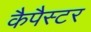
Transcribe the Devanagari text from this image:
कैपैस्टर